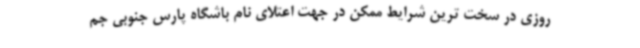
روزی در سخت ترین شرایط ممکن در جهت اعتلای نام باشگاه پارس جنوبی جم